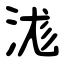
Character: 浝